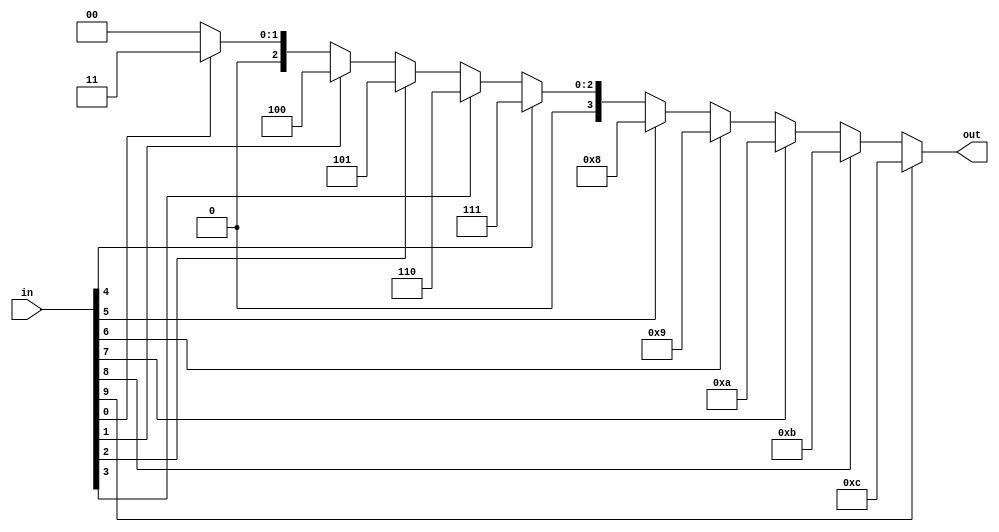
`timescale 1ns/1ps
module encoder_3cyclic (input [9:0] in,
                        output reg [3:0] out);
always @(*) begin
    if (in[9])
        out = 4'd12;
    else if (in[8])
        out = 4'd11;
    else if (in[7])
        out = 4'd10;
    else if (in[6])
        out = 4'd9;
    else if (in[5])
        out = 4'd8;
    else if (in[4])
        out = 4'd7;
    else if (in[3])
        out = 4'd6;
    else if (in[2])
        out = 4'd5;
    else if (in[1])
        out = 4'd4;
    else if (in[0])
        out = 4'd3;
    else
        out = 4'd0;
end
endmodule